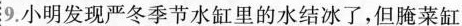
9.小明发现严冬季节水缸里的水结冰了，但腌菜缸